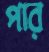
পার